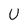
Character: U